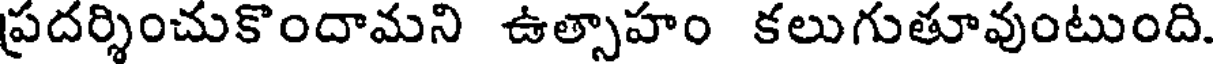
ప్రదర్శించుకొందామని ఉత్సాహం కలుగుతూవుంటుంది.